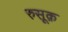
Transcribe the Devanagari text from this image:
रुसूक़